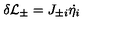
\delta { \cal L } _ { \pm } = J _ { \pm i } \dot { \eta _ { i } }